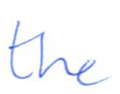
Text: the
Cross-out: clean
Writing tool: ballpoint